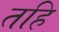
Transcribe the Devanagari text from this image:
तहि